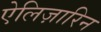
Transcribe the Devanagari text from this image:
ऐलिज़ारिन